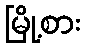
မြို့စား